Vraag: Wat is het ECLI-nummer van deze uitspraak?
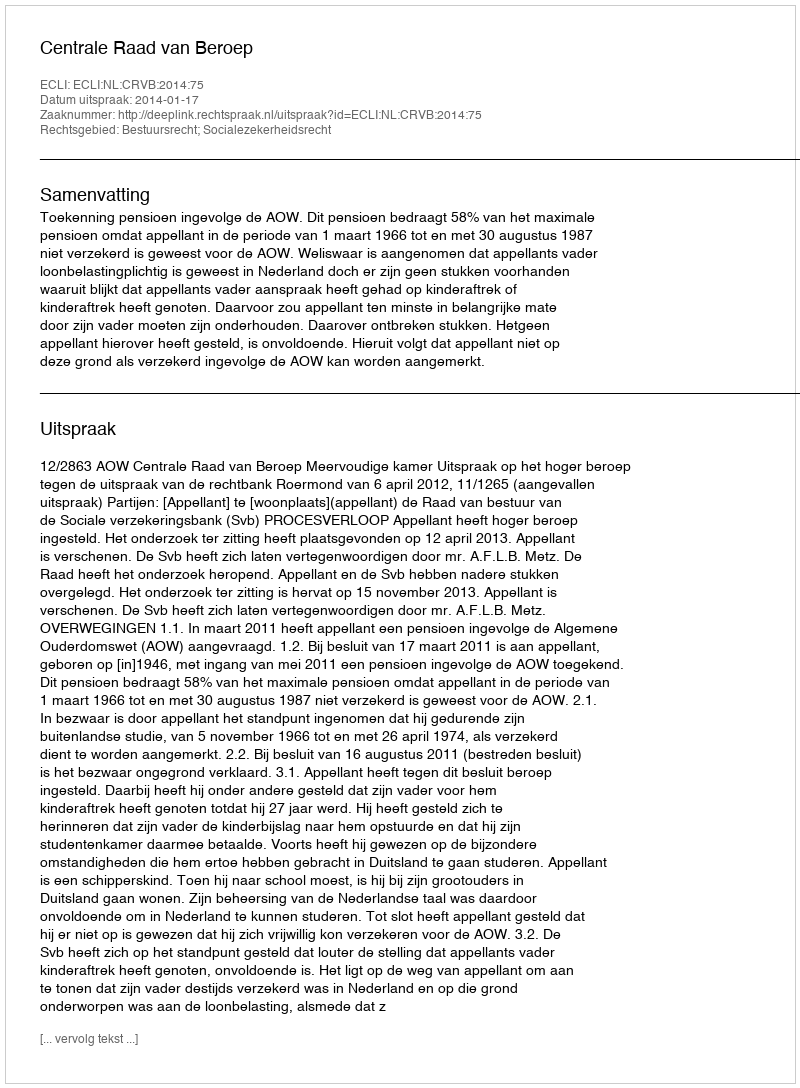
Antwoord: ECLI:NL:CRVB:2014:75